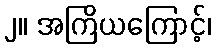
၂။ အကြိယကြောင့်၊